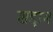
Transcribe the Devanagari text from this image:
शद्दाम